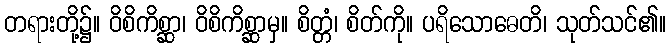
တရားတို့၌။ ဝိစိကိစ္ဆာ၊ ဝိစိကိစ္ဆာမှ။ စိတ္တံ၊ စိတ်ကို။ ပရိသောဓေတိ၊ သုတ်သင်၏။